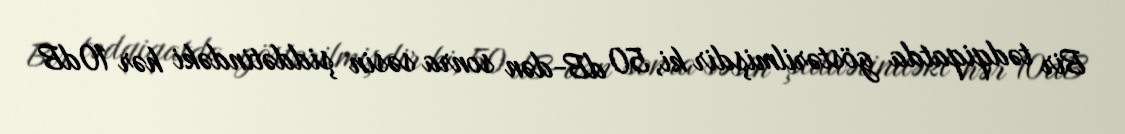
Bir tədqiqatda göstərilmişdir ki, 50 dB-dən sonra səsin şiddətindəki hər 10dB